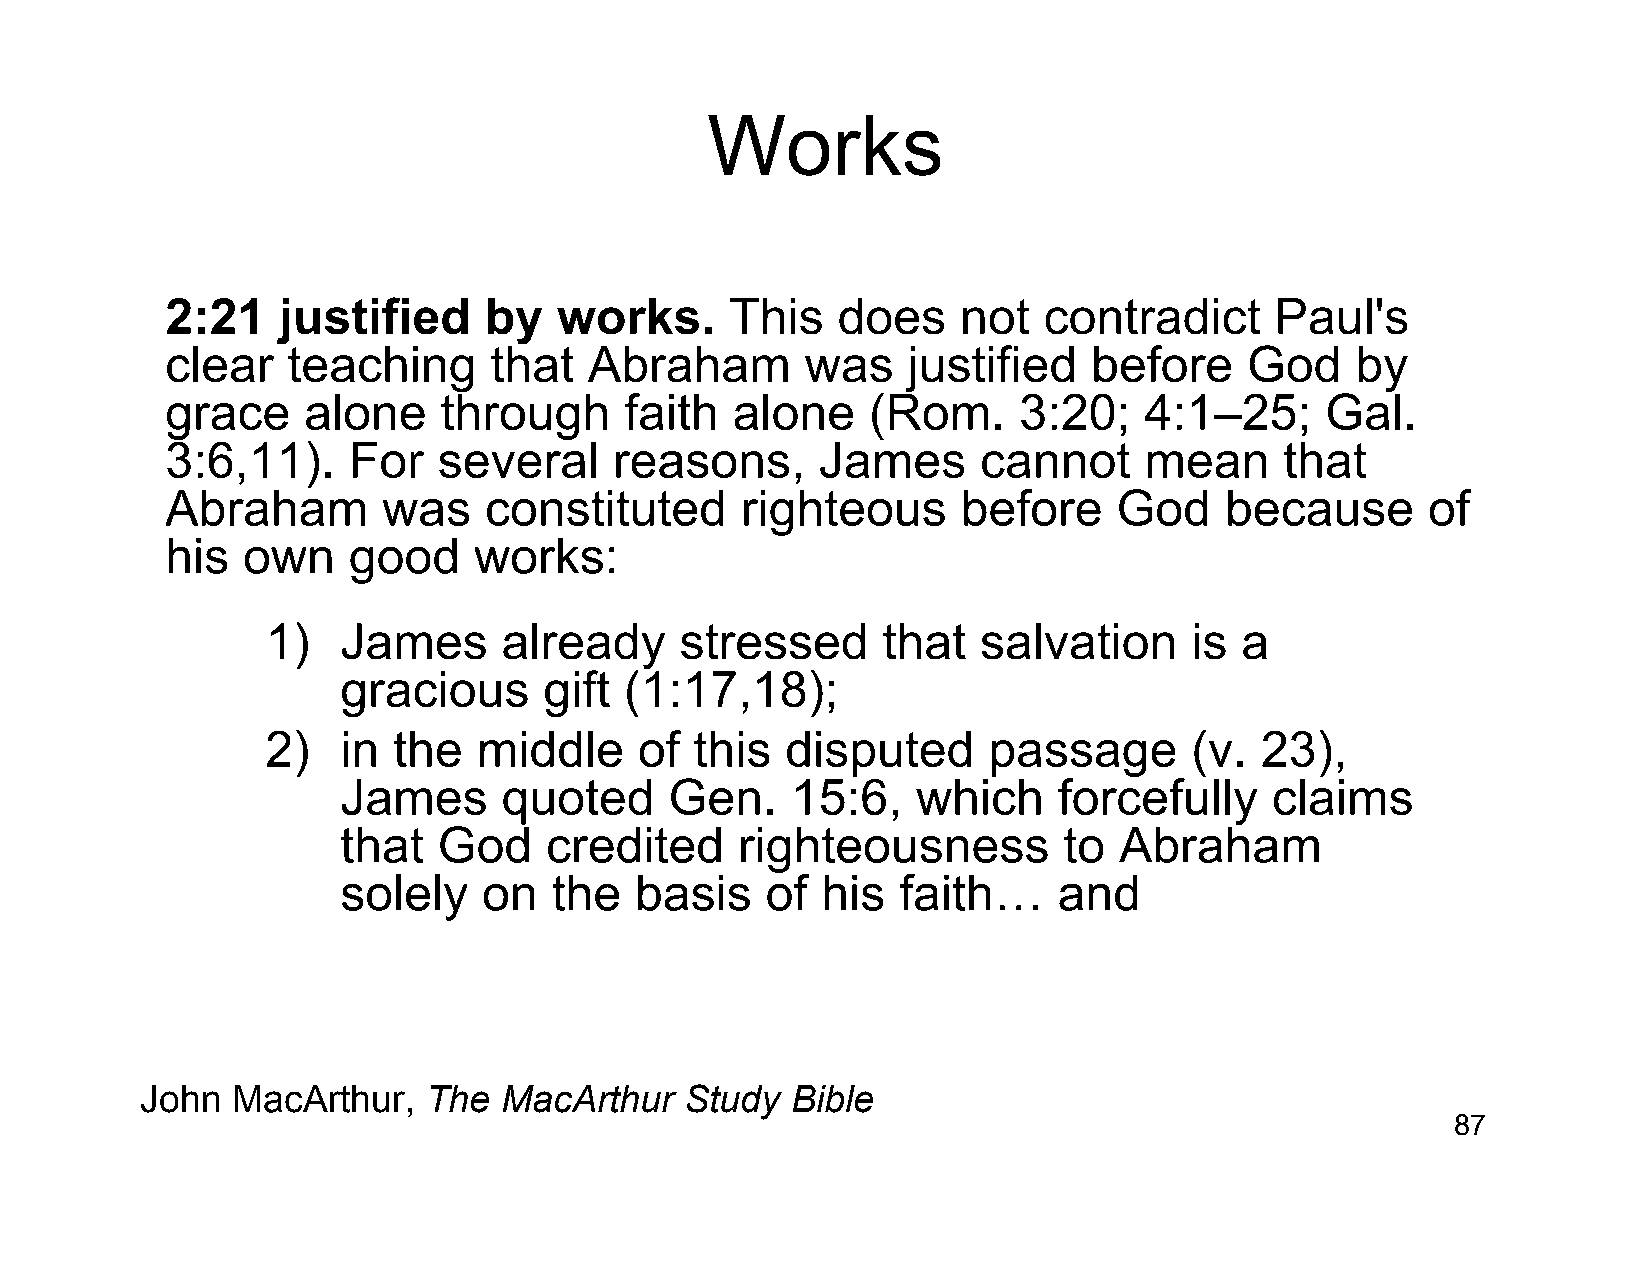
Works
 2:21   justified     by   works.     This   does     not  contradict     Paul's
 clear   teaching     that   Abraham       was    justified   before     God    by
 grace    alone    through     faith  alone     (Rom.    3:20;    4:1–25;     Gal.
 3:6,11).    For   several     reasons,     James      cannot     mean     that
 Abraham       was    constituted      righteous      before    God    because      of
 his  own    good    works:
 1)   James     already     stressed     that   salvation     is a
 gracious     gift (1:17,18);
 2)   in the   middle    of  this  disputed     passage       (v. 23),
 James     quoted     Gen.    15:6,    which    forcefully    claims
 that  God    credited     righteousness        to  Abraham
 solely   on  the   basis    of his  faith…     and
 John  MacArthur,   The  MacArthur   Study  Bible
 87